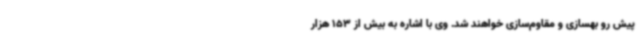
پیش رو بهسازی و مقاوم‌سازی خواهند شد. وی با اشاره به بیش از 153 هزار